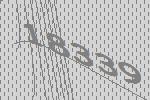
18339